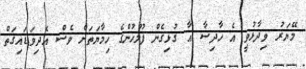
މޭޔަރު ވިދާޅުވީ އެ ހާދިސާ އާ ގުޅިގެން ފުލުހުންގެ ހިމާޔަތަށް ވެސް އެދިވަޑައިގަތް